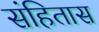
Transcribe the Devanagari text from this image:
संहितास